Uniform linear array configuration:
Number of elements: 64
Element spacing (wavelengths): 0.5
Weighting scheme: cosine
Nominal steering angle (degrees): -45
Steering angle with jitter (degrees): -43.881
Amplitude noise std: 0.05
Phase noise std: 0.05

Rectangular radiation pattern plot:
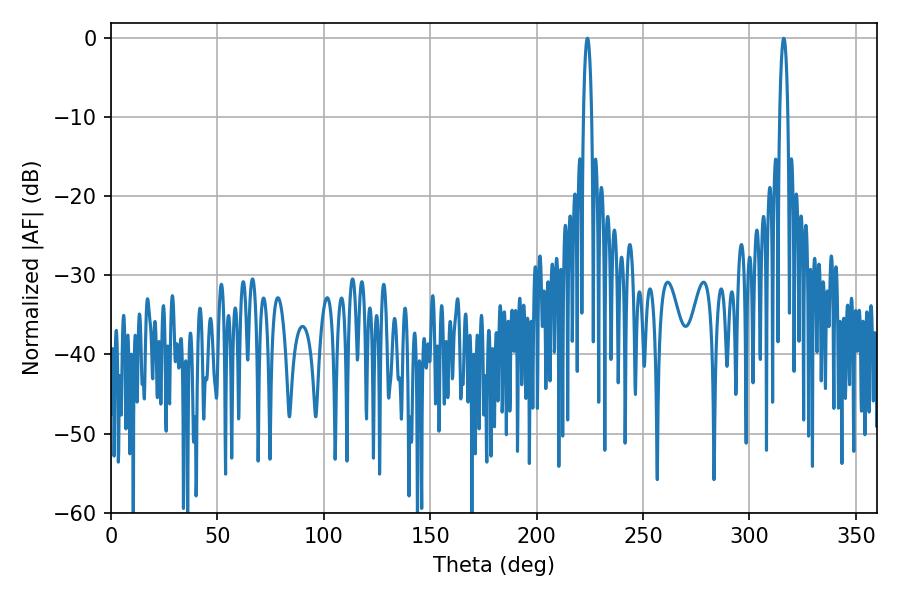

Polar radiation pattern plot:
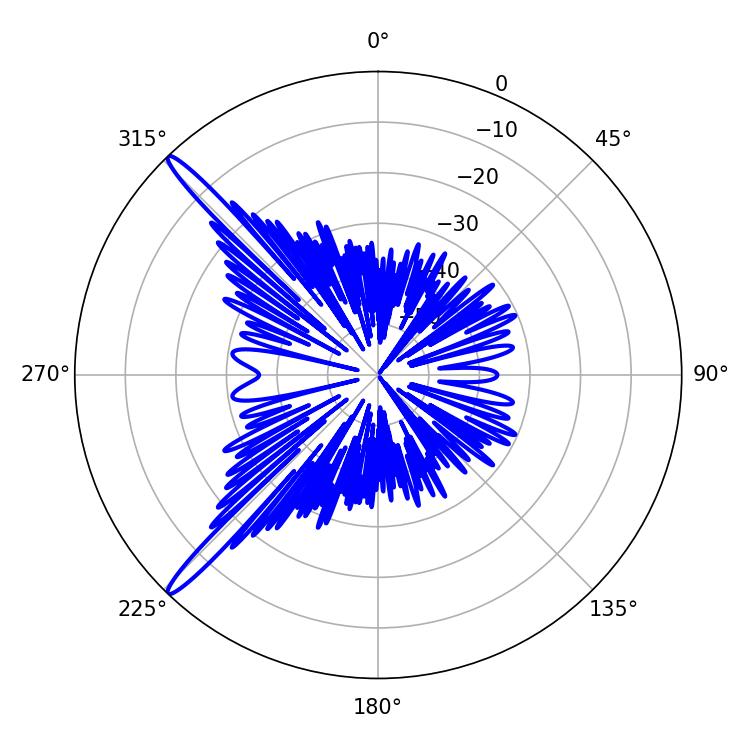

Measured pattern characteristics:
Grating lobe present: FALSE
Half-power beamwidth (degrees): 2.16
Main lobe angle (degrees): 316.08